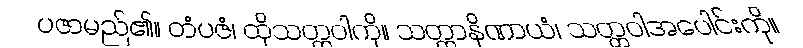
ပဇာမည်၏။ တံပဇံ၊ ထိုသတ္တဝါကို။ သတ္တာနိဏာယံ၊ သတ္တဝါအပေါင်းကို။